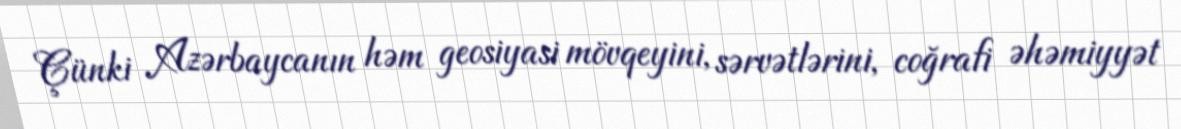
Çünki Azərbaycanın həm geosiyasi mövqeyini, sərvətlərini, coğrafi əhəmiyyət